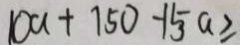
1 0 a + 1 5 0 - 1 5 a \geq